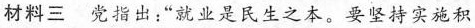
材料三 党指出：”就业是民生之本。要坚持实施积